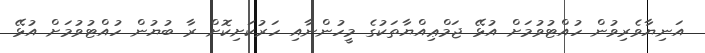
އަނިޔާވެރިވުން ހުއްޓުވުމަށް އުޅޭ ޖަމްޢިއްޔާތަކުގެ މީހުންނާއި ހަރުކަށިކޮށް ރާ ބުޔުން ހުއްޓުވުމަށް އުޅޭ